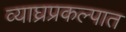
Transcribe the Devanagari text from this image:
व्याघ्रप्रकल्पात